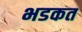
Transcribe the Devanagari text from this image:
भडकत